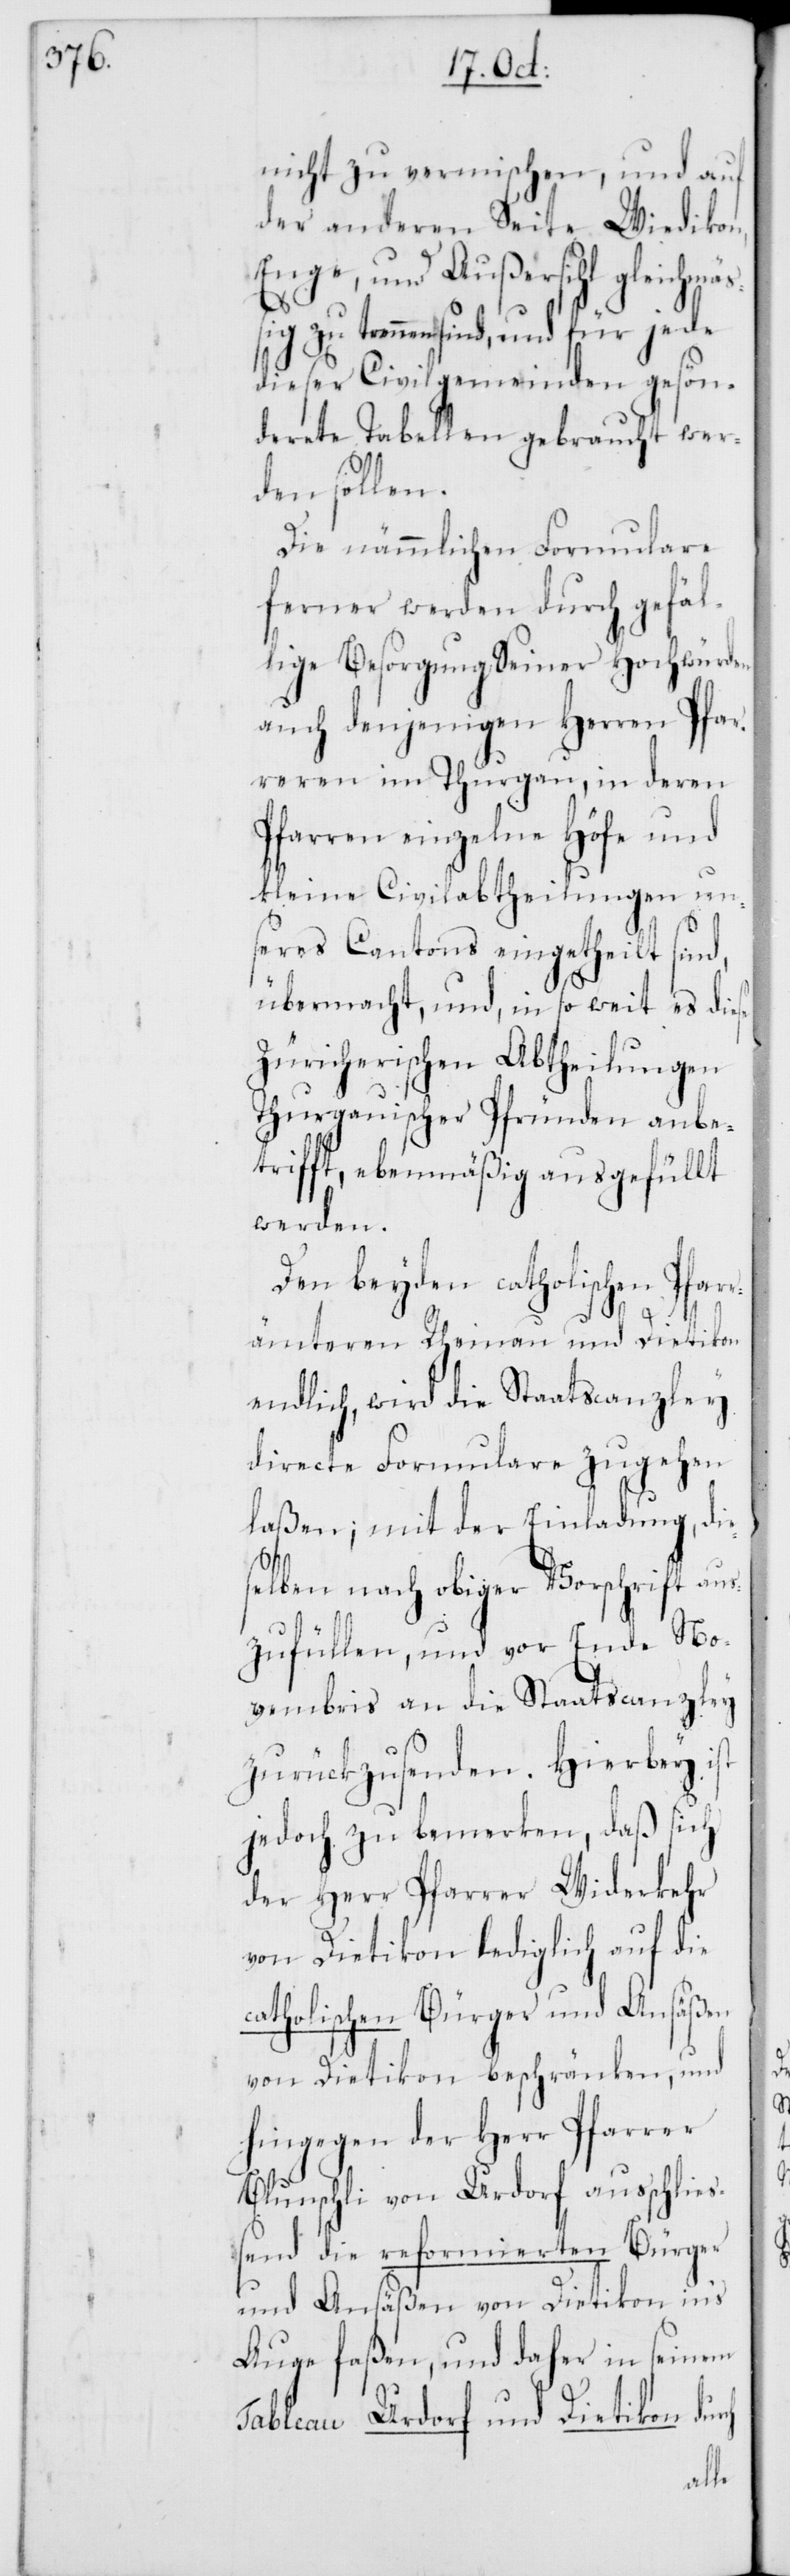
nicht zu vermischen, und auf
der anderen Seite Wiedikon,
Enge, und Außersihl gleichmäß¬
ig zu trennen sind, und für jede
dieser Civilgemeinden gesön¬
derete Tabellen gebraucht wer¬
den sollen.
Die nämmlichen Formulare
ferner werden durch gefäl¬
lige Besorgung Seiner Hochwürden
auch denjenigen Herren Pfar¬
reren im Thurgau, in deren
Pfarren einzelne Höfe und
kleine Civilabtheilungen un¬
sers Cantons eingetheilt sind,
übermacht, und, in so weit es diese
Züricherischen Abtheilungen
Thurgauischer Pfründen anbe¬
trifft, ebenmäßig ausgefüllt
werden.
Den beyden catholischen Pfarr¬
ch
ämteren Rheinau und Dietikon
endlich, wird die Staatscanzley
directe Formulare zugehen
laßen; mit der Einladung, die¬
selben nach obiger Vorschrift aus¬
zufüllen, und vor Ende No¬
vembris an die Staatscanzley
zurückzusenden. Hierbey ist
jedoch zu bemerken, daß sich
der Herr Pfarrer Widerkehr
von Dietikon lediglich auf die
catholischen Bürger und Ansäßen
von Dietikon beschränken, und
hingegen der Herr Pfarrer
Blunschli von Urdorf ausschließ¬
end die reformierten Bürger
und Ansäßen von Dietikon in’s
Auge faßen, und daher in seinem
Tableau Urdorf und Dietikon dur¬